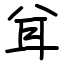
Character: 𦔯